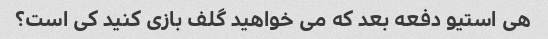
هی استیو دفعه بعد که می خواهید گلف بازی کنید کی است؟